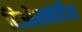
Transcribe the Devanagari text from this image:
दिओसकोर्दिया